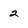
Character: 2